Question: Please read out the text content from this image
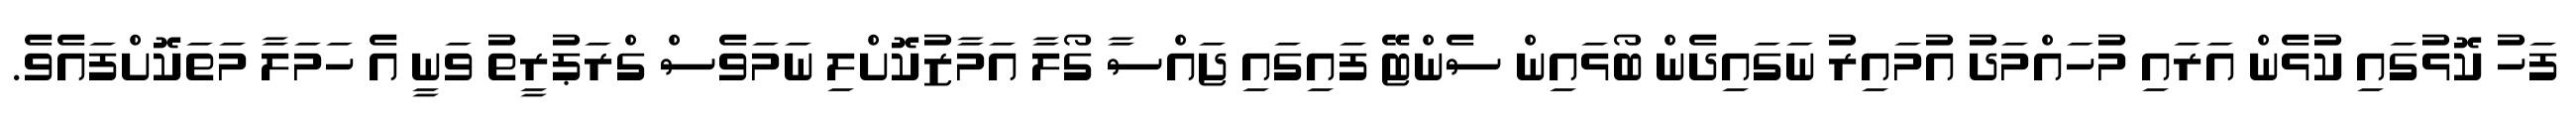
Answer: ފަހު ކޮޅުގައި ކުޅެން އަރައި މުހައްމަދު އުމައިރު ނަގައިދެން ބޯޅައިން ސެންޓޭ ފައިގައި ޖައްސާ ގޯލާ އަމާޒުކޮށްލި ނަމަވެސް ގްރަޕުރީތު ވަނީ އެ ހަމަލާ މަތަކޮށްފައެވެ.